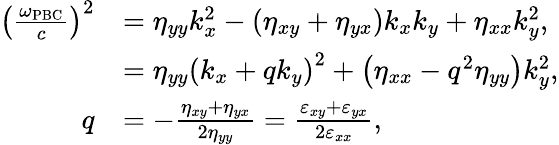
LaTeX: \begin{array}{rl}{\left(\frac{\omega_{\mathrm{PBC}}}{c}\right)^{2}}&{=\eta_{yy}k_{x}^{2}-\left(\eta_{xy}+\eta_{yx}\right)k_{x}k_{y}+\eta_{xx}k_{y}^{2},}\\ &{=\eta_{yy}\left(k_{x}+qk_{y}\right)^{2}+\left(\eta_{xx}-q^{2}\eta_{yy}\right)k_{y}^{2},}\\ {q}&{=-\frac{\eta_{xy}+\eta_{yx}}{2\eta_{yy}}=\frac{\varepsilon_{xy}+\varepsilon_{yx}}{2\varepsilon_{xx}},}\end{array}